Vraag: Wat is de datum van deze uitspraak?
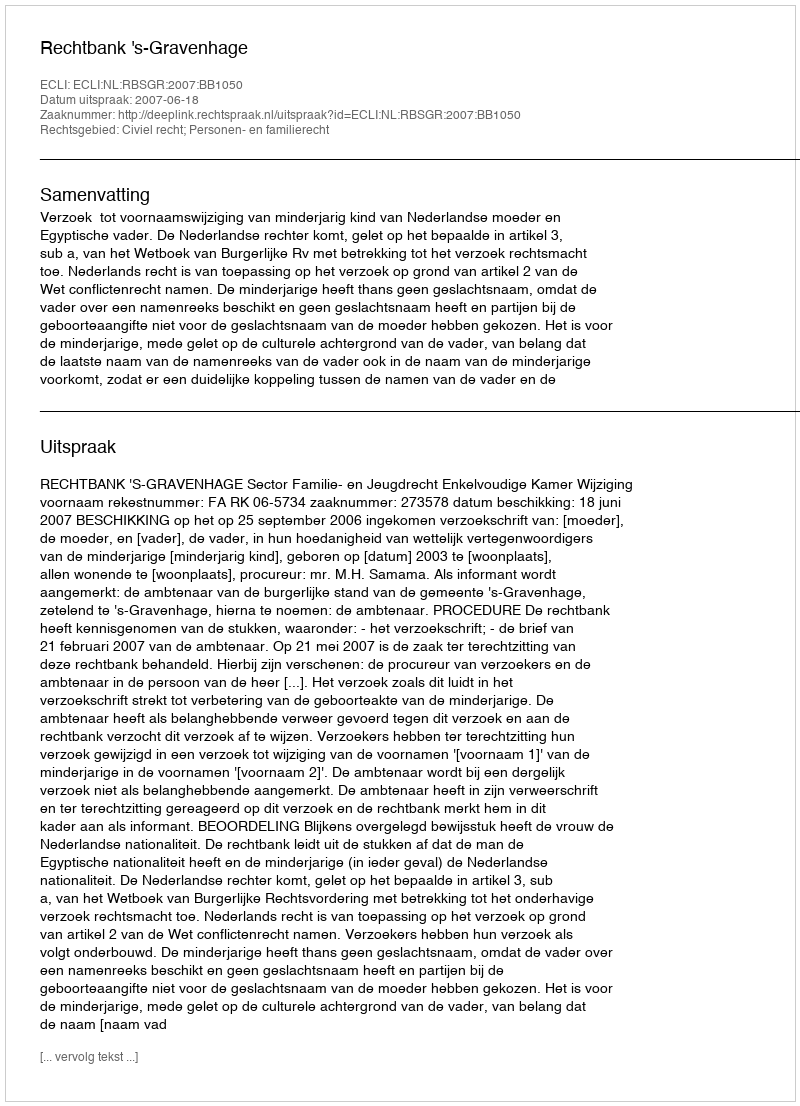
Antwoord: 2007-06-18